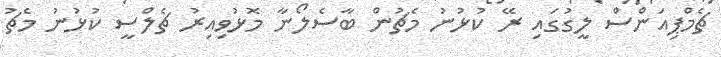
ޗެމްޕިއަންސް ލީގުގައި ރޭ ކުޅުނު މެޗުން ބާސެލޯނާ މޮޅުވިއިރު ޗެލްސީ ކުޅުނު މެޗު